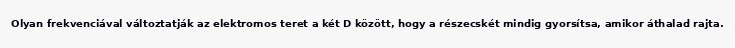
Olyan frekvenciával változtatják az elektromos teret a két D között, hogy a részecskét mindig gyorsítsa, amikor áthalad rajta.